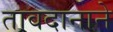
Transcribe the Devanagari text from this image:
तावदानाने